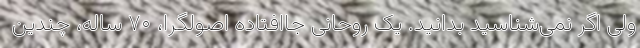
ولی اگر نمی‌شناسید بدانید. یک روحانی جاافتاده اصولگرا، ۷۰ ساله، چندین